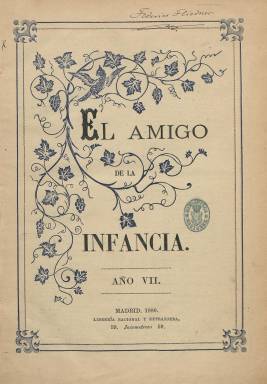
Título: El Amigo de la infancia
Colección: Revistas infantiles
Ámbito geográfico: Madrid
Lugar de publicación: Madrid
Fechas: 01/01/1880-25/12/1932

Este “periódico ilustrado” –tal como indica el subtítulo– comienza a publicarse el uno de abril de 1874, fundado por el teólogo y pastor protestante alemán Federico Fliedner (1845-1901), un año después de que creara la Librería Nacional y Extranjera, en la madrileña calle de Jacometrezo, como empresa asimismo editora. Un entonces aún joven Fliedner había llegado a España en 1869 y fundado en 1872 la luterana Iglesia Evangélica Española, y en 1897, hará lo propio con El Porvenir, uno de sus principales centros de enseñanza. Además de esta publicación, la más longeva en España de las de carácter infantil, pues estará publicándose hasta 1936 (alguna fuente señala hasta 1939), Fliedner fue también editor de Revista cristiana (1880-1919), de carácter científico-religioso, formando ambas parte del conjunto de publicaciones periódicas españolas evangélicas, y fue autor de himnos litúrgicos, biógrafo de Lutero y traductor del Nuevo Testamento.

Como revista evangélica infantil, las entregas mensuales de El Amigo de la infancia serán de 16 páginas, compuestas a dos columnas, y con ilustraciones tanto en su portada como en el interior, con una propuesta de ”lectura sana, moral, interesante e instructiva”, tal como se indica en su información administrativa. Sus contenidos, generalmente sin firma, mantendrán una misma estructura a lo largo de su vida: artículos religiosos y morales, textos e historias bíblicas, historietas, cuentos y fábulas, historia y geografía, historia natural, parábolas de la naturaleza, anécdotas, pasatiempos (humor, juegos de ingenio, charadas y acertijos), poesías, pensamientos, refranes y máximas, e himnos (partituras). Dará cuenta de hechos notables, anotaciones biográficas, utilidades y curiosidades científicas, y textos seleccionados de autores clásicos y contemporáneos, de Calderón de la Barca, Víctor Hugo, Fernán Caballero, Gertrudis Goméz de Avellaneda o Gabriela Mistral, entre otros. Asimismo propone la sección Nuestra correspondencia, para dedicarla a cartas y colaboraciones de los niños de las Escuelas Dominicales.

En estas escuelas evangélicas, cuyo origen se remonta en Europa a finales del siglo XVIII, ya asistían en España, en torno a 1887, unos cinco mil alumnos, de más de un centenar de congregaciones protestantes, en un país que rondaba, por otro lado, el 62 por ciento de analfabetismo (Manuel León de la Vega: 2000). La iglesia evangélica se dedicará a la educación e instrucción de la juventud española en ambientes populares –sin apenas influencia en los burgueses, que habían optado por el conservadurismo católico –, y con tiradas que alcanzaban los 2.000 ejemplares, la revista llegará a servir como enlace entre dichas escuelas, gracias a su difusión tanto a nivel nacional como internacional (España, México, Chile y Argentina, principalmente).

La propia publicación sólo menciona a Fliedner en su entrega de uno de mayo de 1901, con motivo de su fallecimiento, del que dirá, tras el establecimiento de numerosos centros de enseñanza en Madrid y provincias, haber sido un “infatigable obrero de la Iglesia de Cristo”, que había “consagrado” su saber a la “propagación del Evangelio en este país clásico del fanatismo y las supersticiones”.

Los escritos, copiado y selección del material gráfico (grabados y, posteriormente, fotografías) fue encomendado desde 1892 a uno de los pioneros de estas escuelas, el vallisoletano y profesor Federico Larrrañaga, que actuará como redactor-jefe de la revista hasta su jubilación, a la edad de 67 años, siendo también la única vez que la revista da cuenta del que había sido asimismo director de El Provenir, en su entrega del 24 de enero de 1932. Otros colaboradores pudieron ser Catalina Fliedner, también profesora, traductora y poetisa e hija del fundador, y Samuel Pool Barquero, huérfano que había estudiado en el colegio evangelista de El Escorial.

A partir del cuatro de enero de 1914, la publicación se había hecho semanal y reinicia la numeración de sus entregas, que a partir de entonces serán de cuatro páginas. Aparecerá desde cada domingo, con unas breves lecciones en una nueva sección: Escuela dominical, siendo considerados sus contenidos como material bíblico para las escuelas evangélicas.

La colección de este título en la Biblioteca Nacional de España comienza en la entrega número 70, correspondiente al uno de enero de 1880, es incompleta y acaba en la del 25 de diciembre de 1932. En el primer número de cada año se incluye el correspondiente índice anual. Sus numerosos grabados son escenas infantiles de carácter piadoso y moralizante o bíblicos, además de retratos de personajes (incluido el de Lutero), tipos, naturaleza o vistas de paisajes o de edificios monumentales, entre otras.